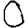
Digit: 0